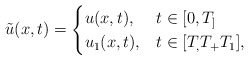
\begin{align*} \tilde{u}(x,t) = \begin{cases} u(x,t), &t\in[0,T_] \\ u_1(x,t), & t \in [T_,T_+T_1], \end{cases} \end{align*}